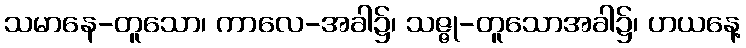
သမာနေ-တူသော၊ ကာလေ-အခါ၌၊ သဇ္ဇု-တူသောအခါ၌၊ ဟယနေ့